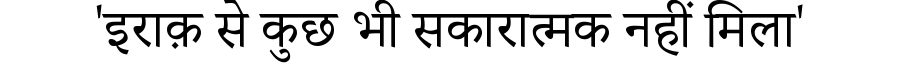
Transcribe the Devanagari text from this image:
'इराक़ से कुछ भी सकारात्मक नहीं मिला'